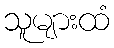
သူများထံ